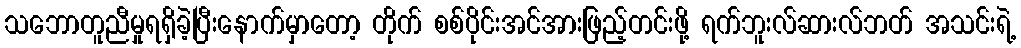
သဘောတူညီမှုရရှိခဲ့ပြီးနောက်မှာတော့ တိုက် စစ်ပိုင်းအင်အားဖြည့်တင်းဖို့ ရက်ဘူးလ်ဆားလ်ဘတ် အသင်းရဲ့